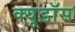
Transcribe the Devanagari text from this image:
क्यूडॉस